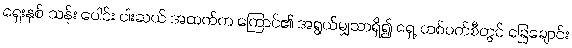
ရှေးနှစ် သန်း ပေါင်း ငါးဆယ် အထက်က ကြောင်၏ အရွယ်မျှသာရှိ၍ ရှေ့ တစ်ဖက်စီတွင် ခြေချောင်း